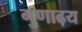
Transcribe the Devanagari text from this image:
गुणाढ़य